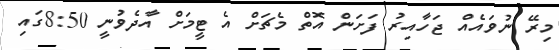
މިރޭ ނުވައެއް ޖަހާއިރު ފަށަން އޮތް މެޗަށް އެ ޓީމަށް އާދެވުނީ 8:50ގައި